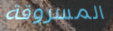
المسروقة